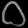
Digit: ၀